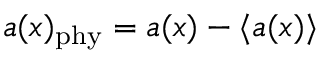
a ( x ) _ { \mathrm { p h y } } = a ( x ) - \langle a ( x ) \rangle